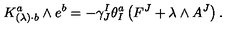
K _ { ( \lambda ) \cdot b } ^ { a } \wedge e ^ { b } = - \gamma _ { J } ^ { I } \theta _ { I } ^ { a } \left( F ^ { J } + \lambda \wedge A ^ { J } \right) .